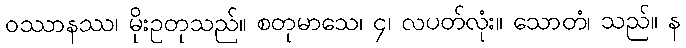
ဝဿာနဿ၊ မိုးဥတုသည်။ စတုမာသေ၊ ၄၊ လပတ်လုံး။ သောတံ၊ သည်။ န